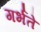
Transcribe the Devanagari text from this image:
गर्भते